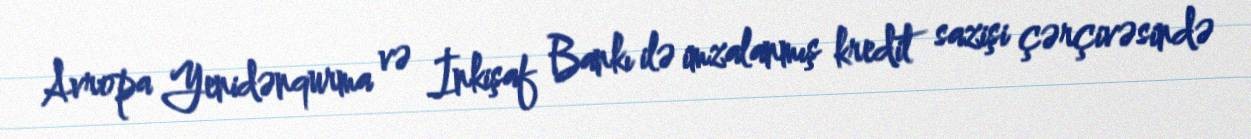
Avropa Yenidənqurma və İnkişaf Bankı ilə imzalanmış kredit sazişi çərçivəsində